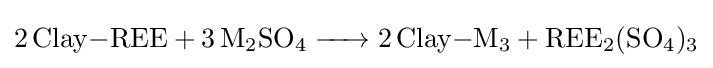
{\ce {2 Clay-REE + 3 M2SO4 -> 2 Clay-M3 + REE2(SO4)3}}